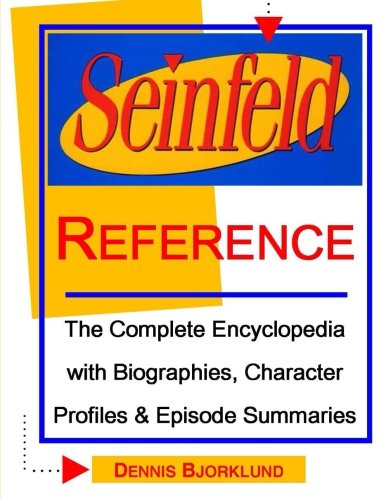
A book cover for Seinfeld Reference: The Complete Encyclopedia With Biographies, Character Profiles & Episode Summaries; Dennis Bjorklund; Humor & Entertainment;